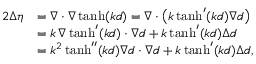
\begin{array} { r l } { 2 \Delta \eta } & { = \nabla \cdot \nabla \operatorname { t a n h } ( k d ) = \nabla \cdot \big ( k \operatorname { t a n h } ^ { \prime } ( k d ) \nabla d \big ) } \\ & { = k \, \nabla \operatorname { t a n h } ^ { \prime } ( k d ) \cdot \nabla d + k \operatorname { t a n h } ^ { \prime } ( k d ) \Delta d } \\ & { = k ^ { 2 } \operatorname { t a n h } ^ { \prime \prime } ( k d ) \nabla d \cdot \nabla d + k \operatorname { t a n h } ^ { \prime } ( k d ) \Delta d , } \end{array}